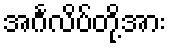
အင်္ဂလိပ်တို့အား